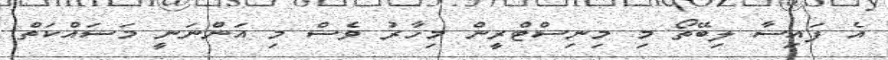
އެ ފައިސާ ލިބޭތޯ މި މިނިސްޓްރީން މިހާރު ވެސް މި އަންނަނީ މަސައްކަތް